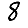
Digit: 8